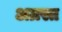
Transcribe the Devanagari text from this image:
अग्रस्त